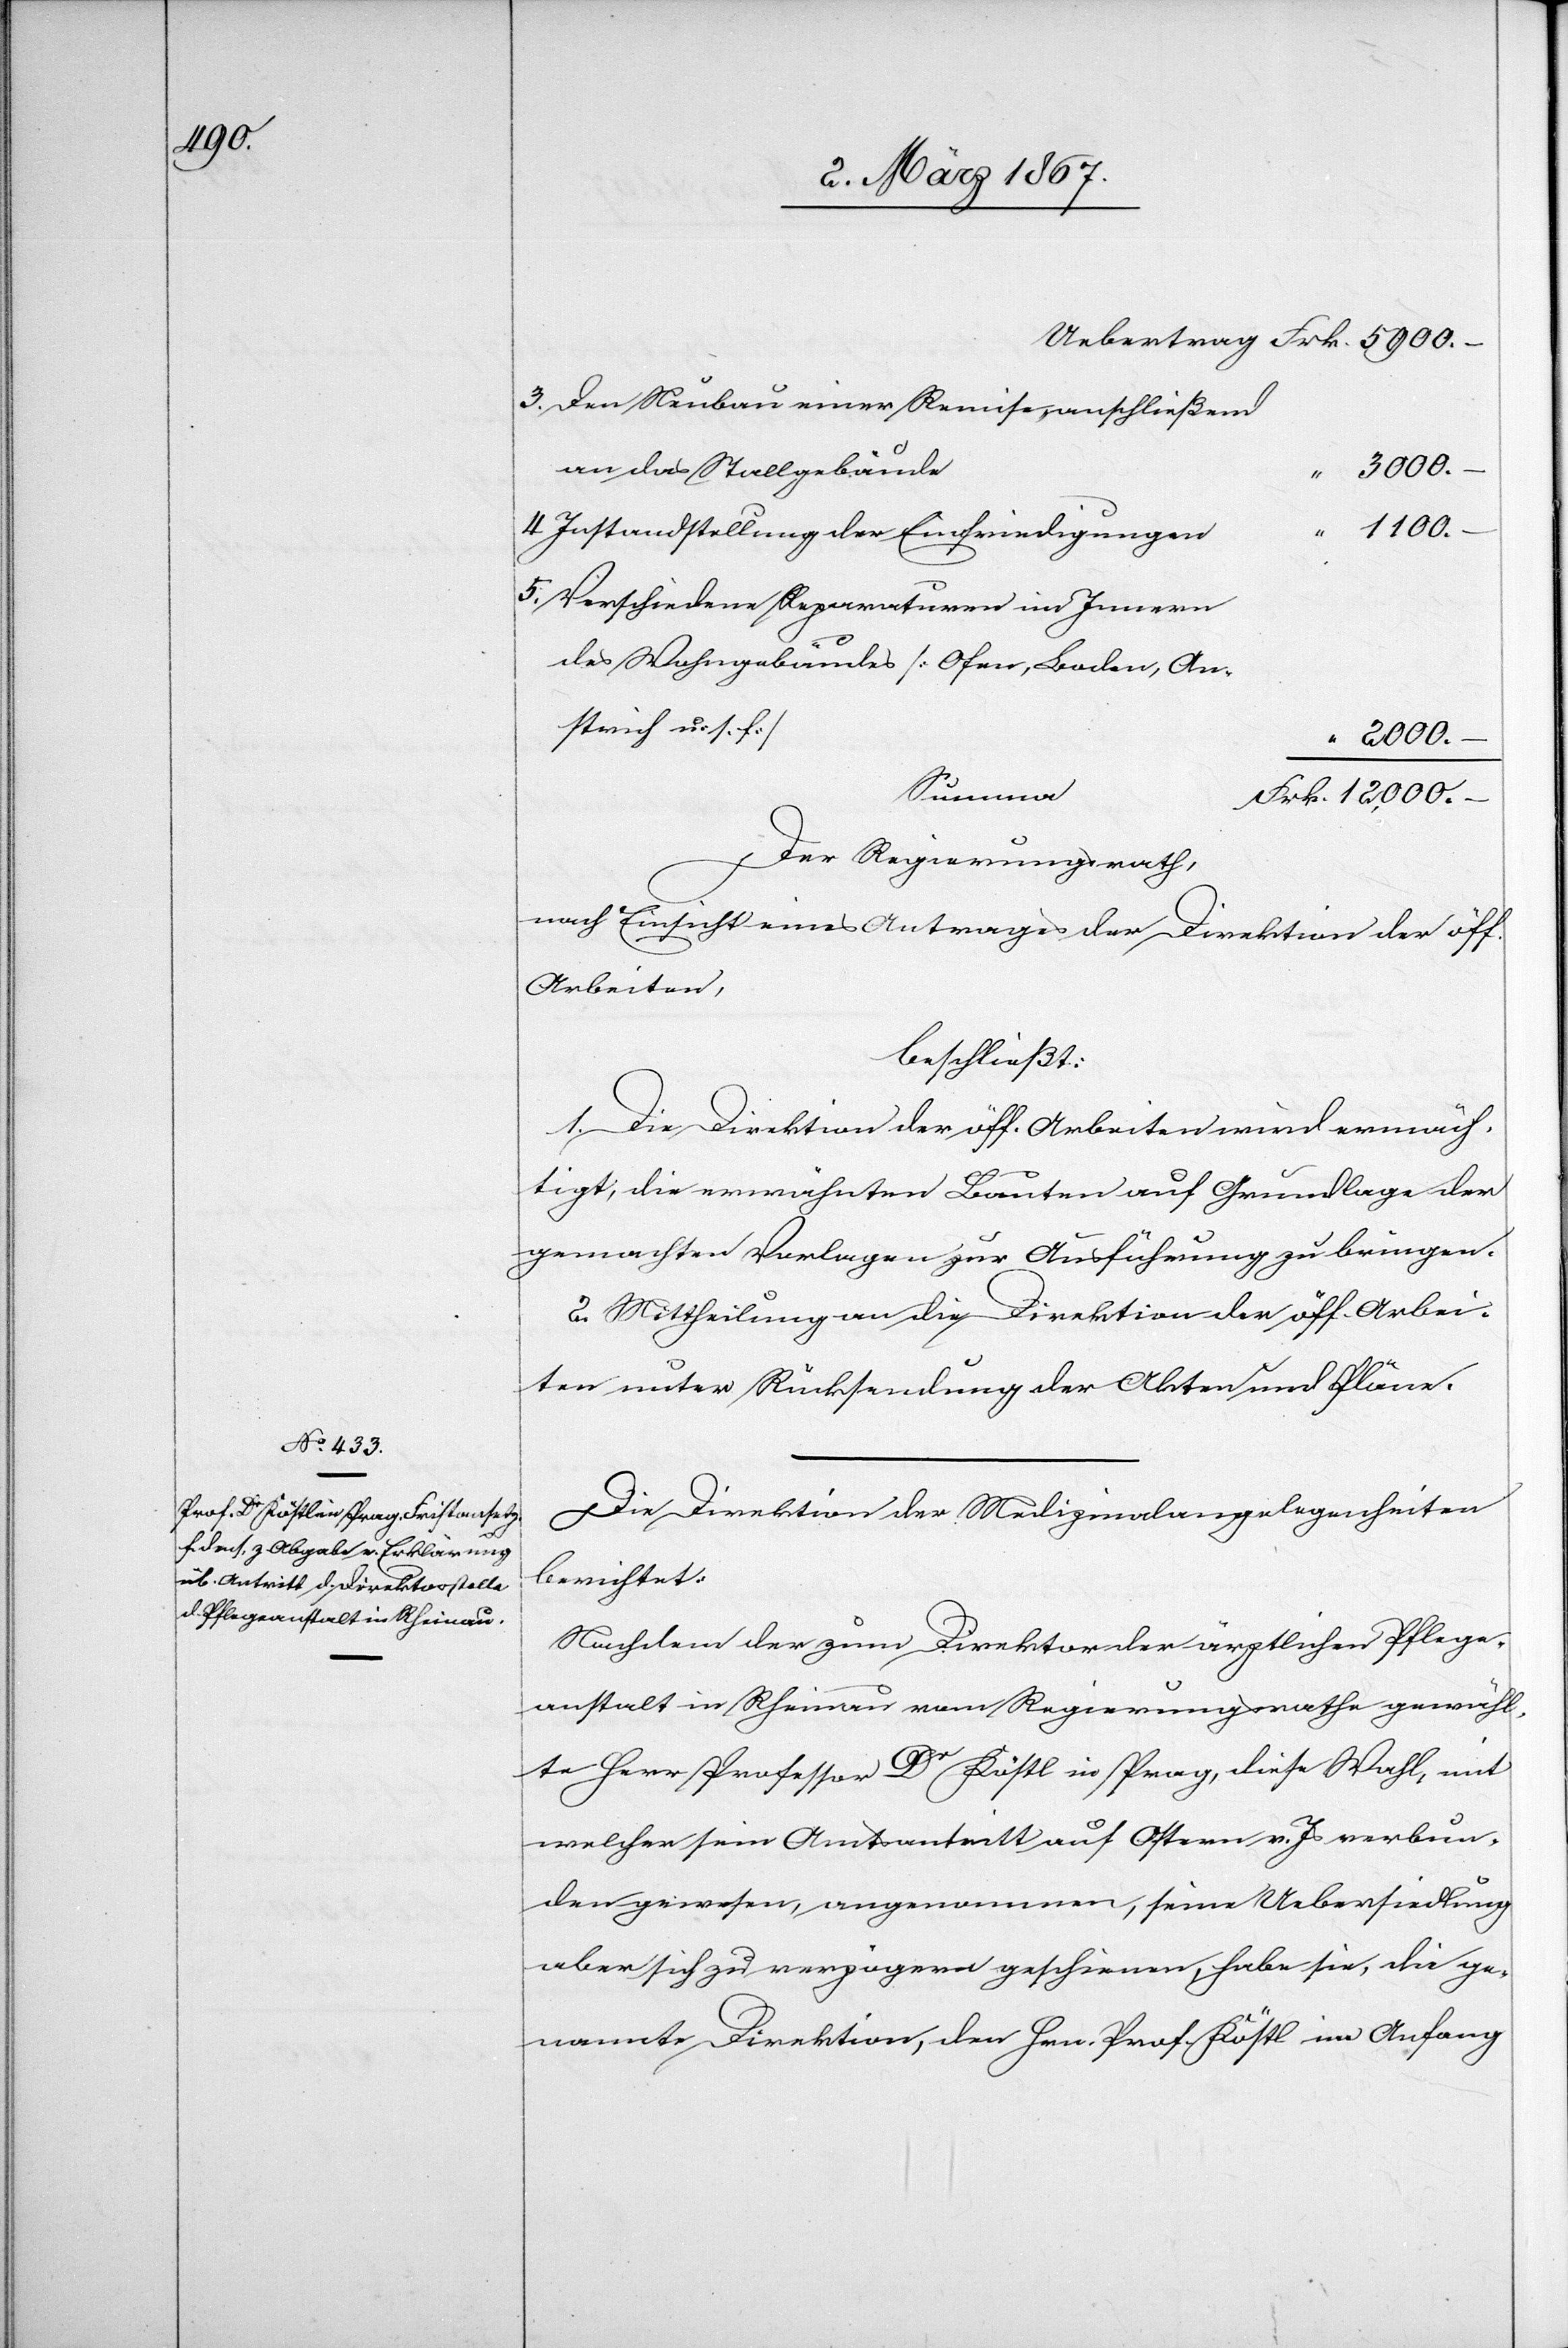
3. Den Neubau einer Remise anschließend
1100.
4. Instandhaltung der Einfriedigungen
5. Verschiedene Reparaturen im Innern
Wohngebäudes [Ofen, Boden, An¬
strich u. s.
2000.
–
Der Regierungsrath,
nach Einsicht eines Antrages der Direktion der öff.
Arbeiten,
beschließt:
1. Die Direktion der öff. Arbeiten wird ermäch¬
tigt, die erwähnten Bauten auf Grundlage der
gemachten Vorlage zur Ausführung zu bringen.
2. Mittheilung an die Direktion der öff. Arbei¬
ten unter Rücksendung der Akten und Pläne.
Die Direktion der Medizinalangelegenheiten
berichtet:
Nachdem der zum Direktor der ärztlichen Pflege¬
anstalt in Rheinau vom Regierungsrathe gewähl¬
te Herr Professor Dr Köstl in Prag, diese Wahl, mit
welcher sein Amtsantritt auf Ostern v. Js verbun¬
den gewesen, angenommen, seine Uebersiedlung
aber sich zu verzögern geschienen, habe sie, die ge¬
nannte Direktion, den Hrn. Prof. Köstl im Anfang